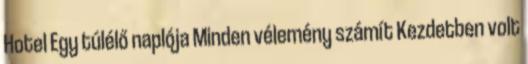
Hotel Egy túlélő naplója Minden vélemény számít Kezdetben volt